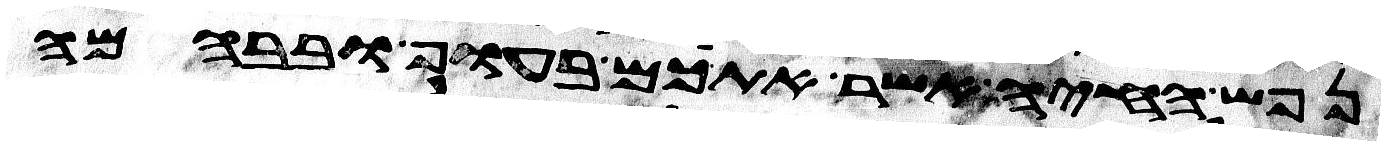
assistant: נפש החיה אשר אתכם בעוף ובבהמה